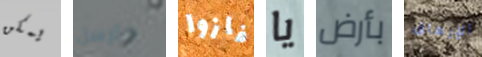
يمكن مارسل فازوا يا بأرض الإرهاق